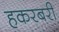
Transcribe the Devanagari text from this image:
हकरबरी